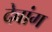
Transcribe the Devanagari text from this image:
देबांग